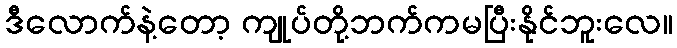
ဒီလောက်နဲ့တော့ ကျုပ်တို့ဘက်ကမပြီးနိုင်ဘူးလေ။